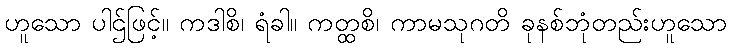
ဟူသော ပါဌ်ဖြင့်။ ကဒါစိ၊ ရံခါ။ ကတ္ထစိ၊ ကာမသုဂတိ ခုနစ်ဘုံတည်းဟူသော